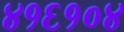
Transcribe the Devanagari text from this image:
४१६१०४